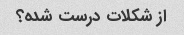
از شکلات درست شده؟